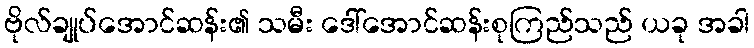
ဗိုလ်ချုပ်အောင်ဆန်း၏ သမီး ဒေါ်အောင်ဆန်းစုကြည်သည် ယခု အခါ